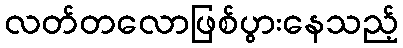
လတ်တလောဖြစ်ပွားနေသည့်